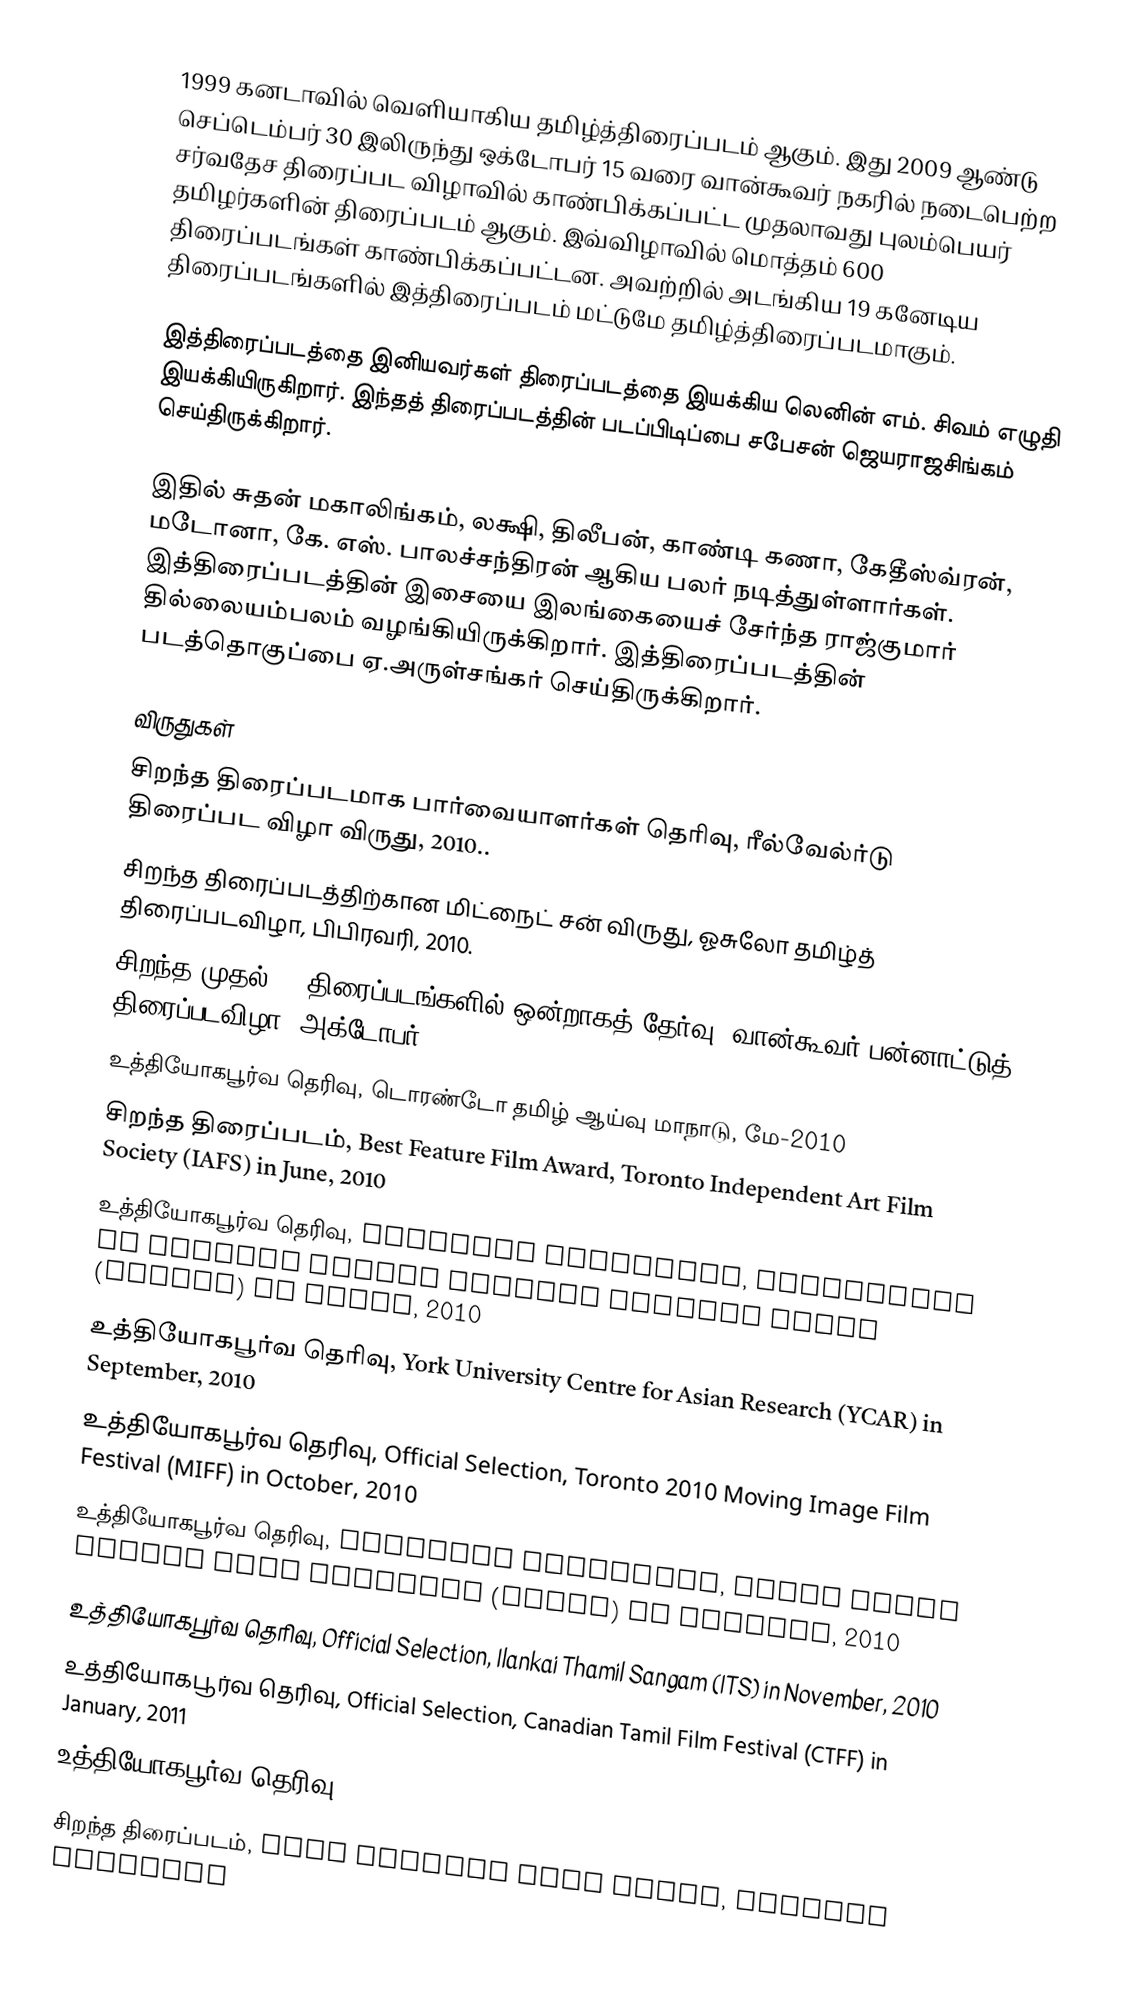
1999 கனடாவில் வெளியாகிய தமிழ்த்திரைப்படம் ஆகும். இது 2009 ஆண்டு செப்டெம்பர் 30 இலிருந்து ஒக்டோபர் 15 வரை வான்கூவர் நகரில் நடைபெற்ற சர்வதேச திரைப்பட விழாவில் காண்பிக்கப்பட்ட முதலாவது புலம்பெயர் தமிழர்களின் திரைப்படம் ஆகும். இவ்விழாவில் மொத்தம் 600 திரைப்படங்கள் காண்பிக்கப்பட்டன. அவற்றில் அடங்கிய 19 கனேடிய திரைப்படங்களில் இத்திரைப்படம் மட்டுமே தமிழ்த்திரைப்படமாகும்.

இத்திரைப்படத்தை இனியவர்கள் திரைப்படத்தை இயக்கிய லெனின் எம். சிவம் எழுதி இயக்கியிருகிறார். இந்தத் திரைப்படத்தின் படப்பிடிப்பை சபேசன் ஜெயராஜசிங்கம் செய்திருக்கிறார்.

இதில் சுதன் மகாலிங்கம், லக்ஷி, திலீபன், காண்டி கணா, கேதீஸ்வ்ரன், மடோனா, கே. எஸ். பாலச்சந்திரன் ஆகிய பலர் நடித்துள்ளார்கள். இத்திரைப்படத்தின் இசையை இலங்கையைச் சேர்ந்த ராஜ்குமார் தில்லையம்பலம் வழங்கியிருக்கிறார். இத்திரைப்படத்தின் படத்தொகுப்பை ஏ.அருள்சங்கர் செய்திருக்கிறார்.

விருதுகள்
சிறந்த திரைப்படமாக பார்வையாளர்கள் தெரிவு, ரீல்வேல்ர்டு திரைப்பட விழா விருது, 2010..
சிறந்த திரைப்படத்திற்கான மிட்நைட் சன் விருது, ஓசுலோ தமிழ்த் திரைப்படவிழா, பிபிரவரி, 2010.
சிறந்த முதல் 10 திரைப்படங்களில் ஒன்றாகத் தேர்வு, வான்கூவர் பன்னாட்டுத் திரைப்படவிழா, அக்டோபர் 2009
உத்தியோகபூர்வ தெரிவு, டொரண்டோ தமிழ் ஆய்வு மாநாடு, மே-2010
சிறந்த திரைப்படம், Best Feature Film Award, Toronto Independent Art Film Society (IAFS) in June, 2010
உத்தியோகபூர்வ தெரிவு, Official Selection, University of Toronto Cinema Studies Student Union (CINSSU) in March, 2010
உத்தியோகபூர்வ தெரிவு,  York University Centre for Asian Research (YCAR) in September, 2010
உத்தியோகபூர்வ தெரிவு, Official Selection, Toronto 2010 Moving Image Film Festival (MIFF) in October, 2010
உத்தியோகபூர்வ தெரிவு, Official Selection, Swiss South Indian Film Festival (SSIFF) in October, 2010
உத்தியோகபூர்வ தெரிவு, Official Selection, Ilankai Thamil Sangam (ITS) in November, 2010
உத்தியோகபூர்வ தெரிவு, Official Selection, Canadian Tamil Film Festival (CTFF) in January, 2011
உத்தியோகபூர்வ தெரிவு, Official Selection, London Happy Soul Festival (LHSF) in June, 2011
சிறந்த திரைப்படம், Best Feature Film Award, Chennai Ulagayut